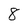
Character: 8